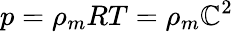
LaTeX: p=\rho_{m}RT=\rho_{m}\mathbb{C}^{2}